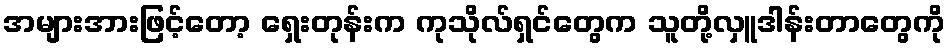
အများအားဖြင့်တော့ ရှေးတုန်းက ကုသိုလ်ရှင်တွေက သူတို့လှူဒါန်းတာတွေကို